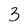
Character: 3